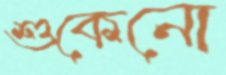
শুকেনো